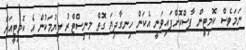
ނަމަވެސް ކޮމިޓީން ފާސްކޮށްފައިވަނީ އެކަން ހިނގާދިޔަ ގޮތް މިނިސްޓްރު ލިޔުމަކުން އެ ކޮމިޓީއަށް